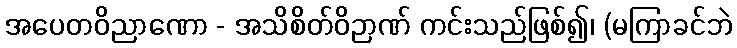
အပေတဝိညာဏော - အသိစိတ်ဝိဉာဏ် ကင်းသည်ဖြစ်၍၊ (မကြာခင်ဘဲ